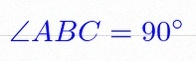
\angle ABC=90^\circ